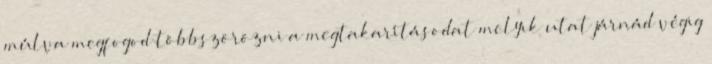
múlva megfogod többszörözni a megtakarításodat melyik utat járnád végig